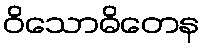
ဝိသောဓိတေန